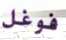
فوغل